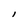
Character: l